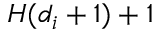
H ( d _ { i } + 1 ) + 1